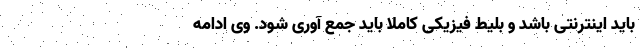
باید اینترنتی باشد و بلیط فیزیکی کاملا باید جمع آوری شود. وی ادامه